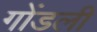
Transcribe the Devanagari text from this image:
गोंडली